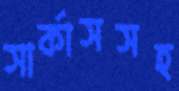
সার্কাসসহ